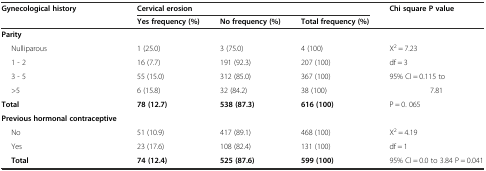
| <ROWSPAN=2> Gynecological history | <COLSPAN=3> Cervical erosion | <ROWSPAN=2> Chi square P value |
 | Yes frequency (%) | No frequency (%) | Total frequency (%) |
 | --- | --- | --- | --- | --- |
 | Parity |  |  |  |  |
 | Nulliparous | 1 (25.0) | 3 (75.0) | 4 (100) | X2 = 7.23 |
 | 1 - 2 | 16 (7.7) | 191 (92.3) | 207 (100) | df = 3 |
 | 3 - 5 | 55 (15.0) | 312 (85.0) | 367 (100) | 95% CI = 0.115 to |
 | >5 | 6 (15.8) | 32 (84.2) | 38 (100) | 7.81 |
 | Total | 78 (12.7) | 538 (87.3) | 616 (100) | P = 0. 065 |
 | Previous hormonal contraceptive |  |  |  |  |
 | No | 51 (10.9) | 417 (89.1) | 468 (100) | X2 = 4.19 |
 | Yes | 23 (17.6) | 108 (82.4) | 131 (100) | df = 1 |
 | Total | 74 (12.4) | 525 (87.6) | 599 (100) | 95% CI = 0.0 to 3.84 P = 0.041 |